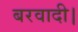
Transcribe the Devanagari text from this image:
बरवादी।